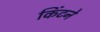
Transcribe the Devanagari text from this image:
किंटने